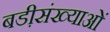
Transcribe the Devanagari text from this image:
बडी़संख्याओं